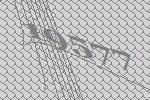
19577